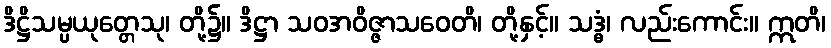
ဒိဋ္ဌိသမ္ပယုတ္တေသု၊ တို့၌။ ဒိဋ္ဌာ သဝအဝိဇ္ဇာသဝေတိ၊ တို့နှင့်။ သဒ္ဓံ၊ လည်းကောင်း။ ဣတိ၊